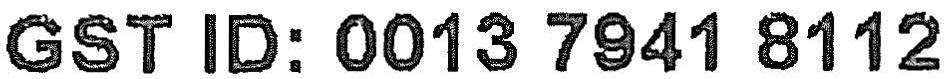
GST ID: 0013 7941 8112